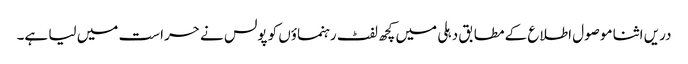
دریں اثنا موصول اطلاع کے مطابق دہلی میں کچھ لفٹ رہنماؤں کو پولس نے حراست میں لیا ہے۔